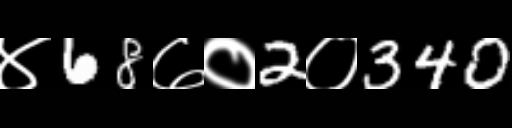
Text: ४68७०2०340